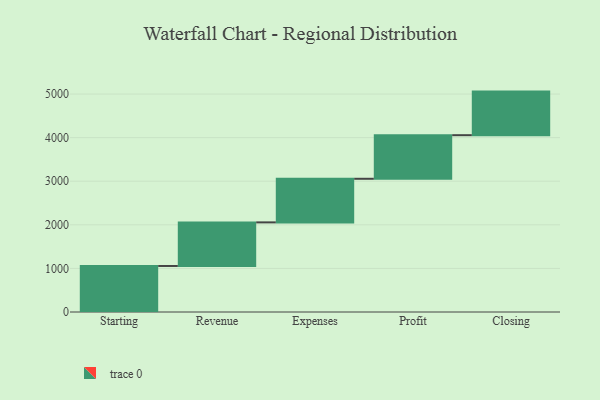
{"axis": {"x": "Step", "y": "Value"}, "legend": [""], "data": [{"x": "Starting", "y": 1056.0, "type": ""}, {"x": "Revenue", "y": 1000, "type": ""}, {"x": "Expenses", "y": 1000, "type": ""}, {"x": "Profit", "y": 1000, "type": ""}, {"x": "Closing", "y": 1000, "type": ""}]}